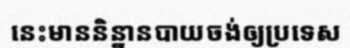
នេះមាននិន្នានបាយចង់ឲ្យប្រទេស